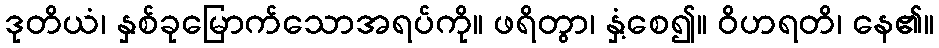
ဒုတိယံ၊ နှစ်ခုမြောက်သောအရပ်ကို။ ဖရိတွာ၊ နှံ့စေ၍။ ဝိဟရတိ၊ နေ၏။